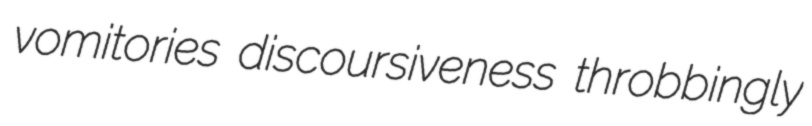
vomitories discoursiveness throbbingly